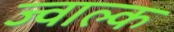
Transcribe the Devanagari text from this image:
ज्वाल्क